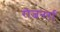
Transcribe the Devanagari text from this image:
रोजनर्रा